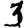
Digit: 3